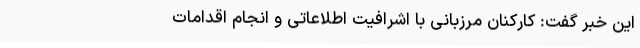
این خبر گفت: کارکنان مرزبانی با اشرافیت اطلاعاتی و انجام اقدامات